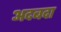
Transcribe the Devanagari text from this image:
अदबदा